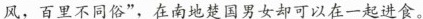
风，百里不同俗”，在南地楚国男女却可以在一起进食。